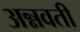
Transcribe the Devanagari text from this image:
अन्नवती